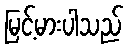
မြင့်မားပါသည်